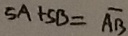
5 A + 5 B = \overline { A B }